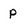
Character: p